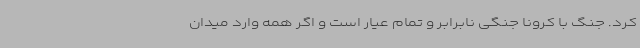
کرد. جنگ با کرونا جنگی نابرابر و تمام عیار است و اگر همه وارد میدان